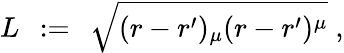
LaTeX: L\; \, :=\; \, \sqrt{(r-r^{\prime})_{\mu}(r-r^{\prime})^{\mu}}\; ,